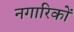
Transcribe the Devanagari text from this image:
नगारिकों